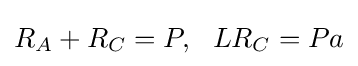
R_{A}+R_{C}=P,~~LR_{C}=Pa